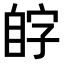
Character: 𫇊